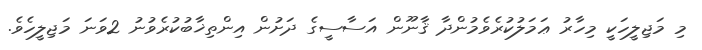
މި މަޖިލީހަކީ މިހާރު ޢަމަލުކުރެވެމުންދާ ޤާނޫން އަސާސީގެ ދަށުން އިންތިޚާބުކުރެވުނު 2ވަނަ މަޖިލީހެވެ.